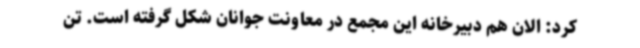
کرد: الان هم دبیرخانه این مجمع در معاونت جوانان شکل گرفته است. تن